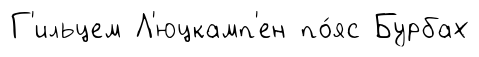
Г'ильцем Л'юцкамп'ен по́яс Бурбах